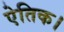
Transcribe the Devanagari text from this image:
ऐतिक।